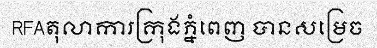
RFAតុលាការក្រុងភ្នំពេញ បានសម្រេច